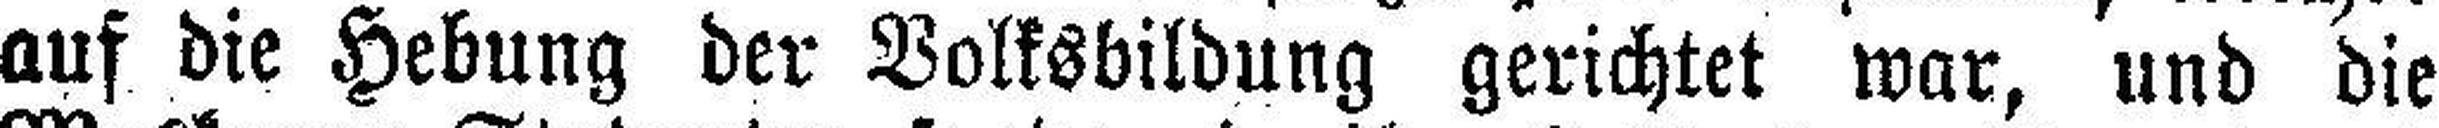
auf die Hebung der Volksbildung gerichtet war, und die